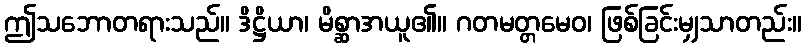
ဤသဘောတရားသည်။ ဒိဋ္ဌိယာ၊ မိစ္ဆာအယူ၏။ ဂတမတ္တမေဝ၊ ဖြစ်ခြင်းမျှသာတည်း။